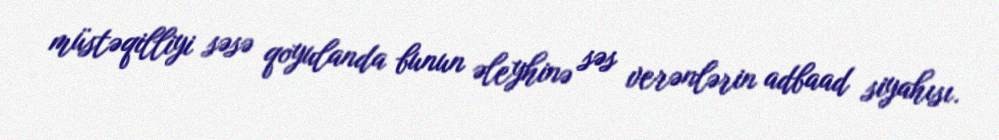
müstəqilliyi səsə qoyulanda bunun əleyhinə səs verənlərin adbaad siyahısı.